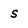
Character: s